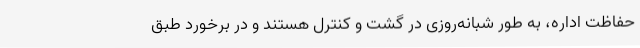
حفاظت اداره، به طور شبانه‌روزی در گشت و کنترل هستند و در برخورد طبق